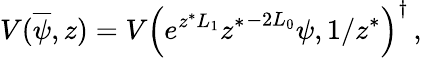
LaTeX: V(\overline{{\psi}},z)=V\left(e^{z^{\ast}L_{1}}{z^{\ast}}^{-2L_{0}}\psi,1/z^{\ast}\right)^{\dagger}\, ,